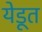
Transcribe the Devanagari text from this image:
येडूत